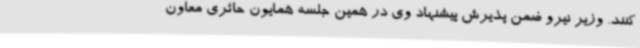
کنند. وزیر نیرو ضمن پذیرش پیشنهاد وی در همین جلسه همایون حائری معاون